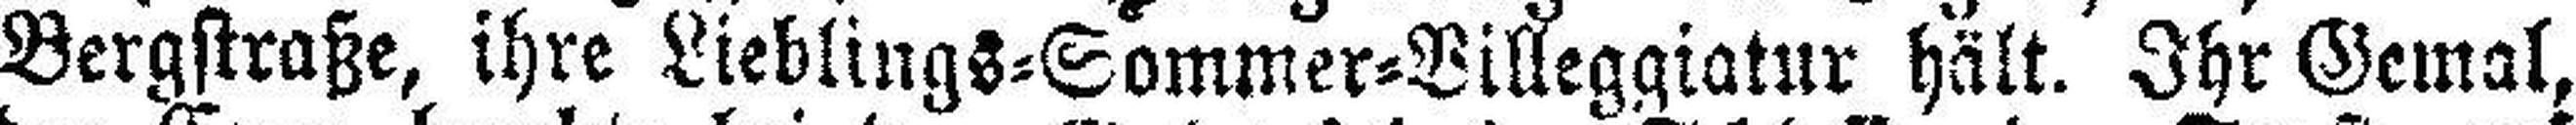
Bergstraße, ihre Lieblings=Sommer=Villeggiatur hält. Ihr Gemal,